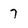
Character: 7